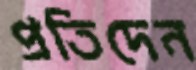
প্রতিদেন